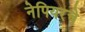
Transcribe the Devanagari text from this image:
नेपियरचे